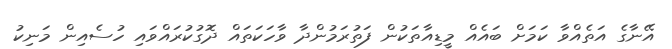
އޭނާގެ އަތެއްވާ ކަމަށް ބައެއް މީޑިއާތަކުން ފަތުރަމުންދާ ވާހަކަތައް ދޮގުކުރައްވައި ހުސެއިން މަނިކު